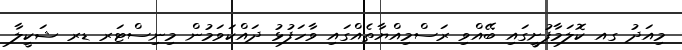
މިއަދު ގއ ކޮލަމާފުށީގައި ބޭއްވި ރަސްމިއްޔާތެއްގައި ވާހަފުޅު ދައްކަވަމުން މިނިސްޓަރ ޑރ ޝަކީލާ